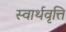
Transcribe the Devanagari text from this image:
स्वार्थवृत्ति